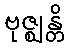
ဗုဇ္ဈန္တိ